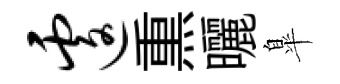
遽𤋱曬臯